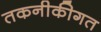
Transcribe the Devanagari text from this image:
तकनीकीगत